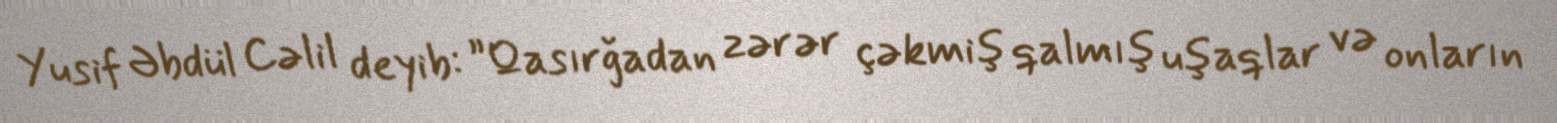
Yusif Əbdül Cəlil deyib: ”Qasırğadan zərər çəkmiş qalmış uşaqlar və onların